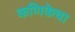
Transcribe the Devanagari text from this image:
कणिकेचा